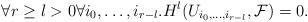
LaTeX: \begin{align*} \forall r\geq l>0\forall i_0,\dots,i_{r-l}. H^l(U_{i_0,\dots,i_{r-l}},\mathcal F)=0\rlap{.} \end{align*}